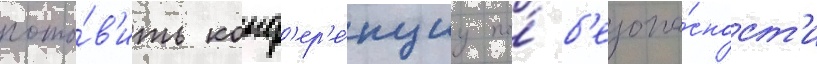
гото́в'ить конф'ер'е́нциу по́ б'езопа́сност'и